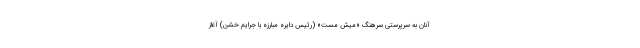
آنان به سرپرستی سرهنگ «میش مست» (رئیس دایره مبارزه با جرایم خشن) آغاز